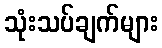
သုံးသပ်ချက်များ